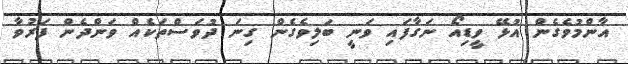
އާންމުވެގެން އުޅޭ ވީޑިއޯ ނަގާފައި ވަނީ ބަލިވެގެން ގިނަ ދުވަސްތަކެއް ވަންދެން ފަރުވާ